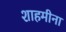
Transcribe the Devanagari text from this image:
शाहमीना